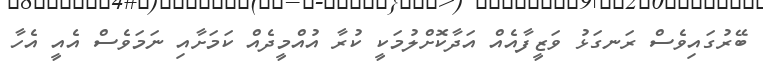
ބޭރުގައިވެސް ރަނގަޅު ވަޒީފާއެއް އަދާކޮށްލުމަކީ ކުރާ އުއްމީދެއް ކަމަށާއި ނަމަވެސް އެއީ އެހާ